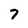
Character: 7